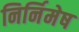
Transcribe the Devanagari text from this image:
निर्निमेष